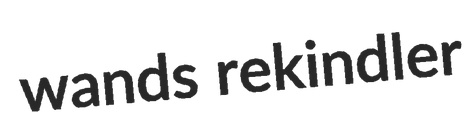
wands rekindler